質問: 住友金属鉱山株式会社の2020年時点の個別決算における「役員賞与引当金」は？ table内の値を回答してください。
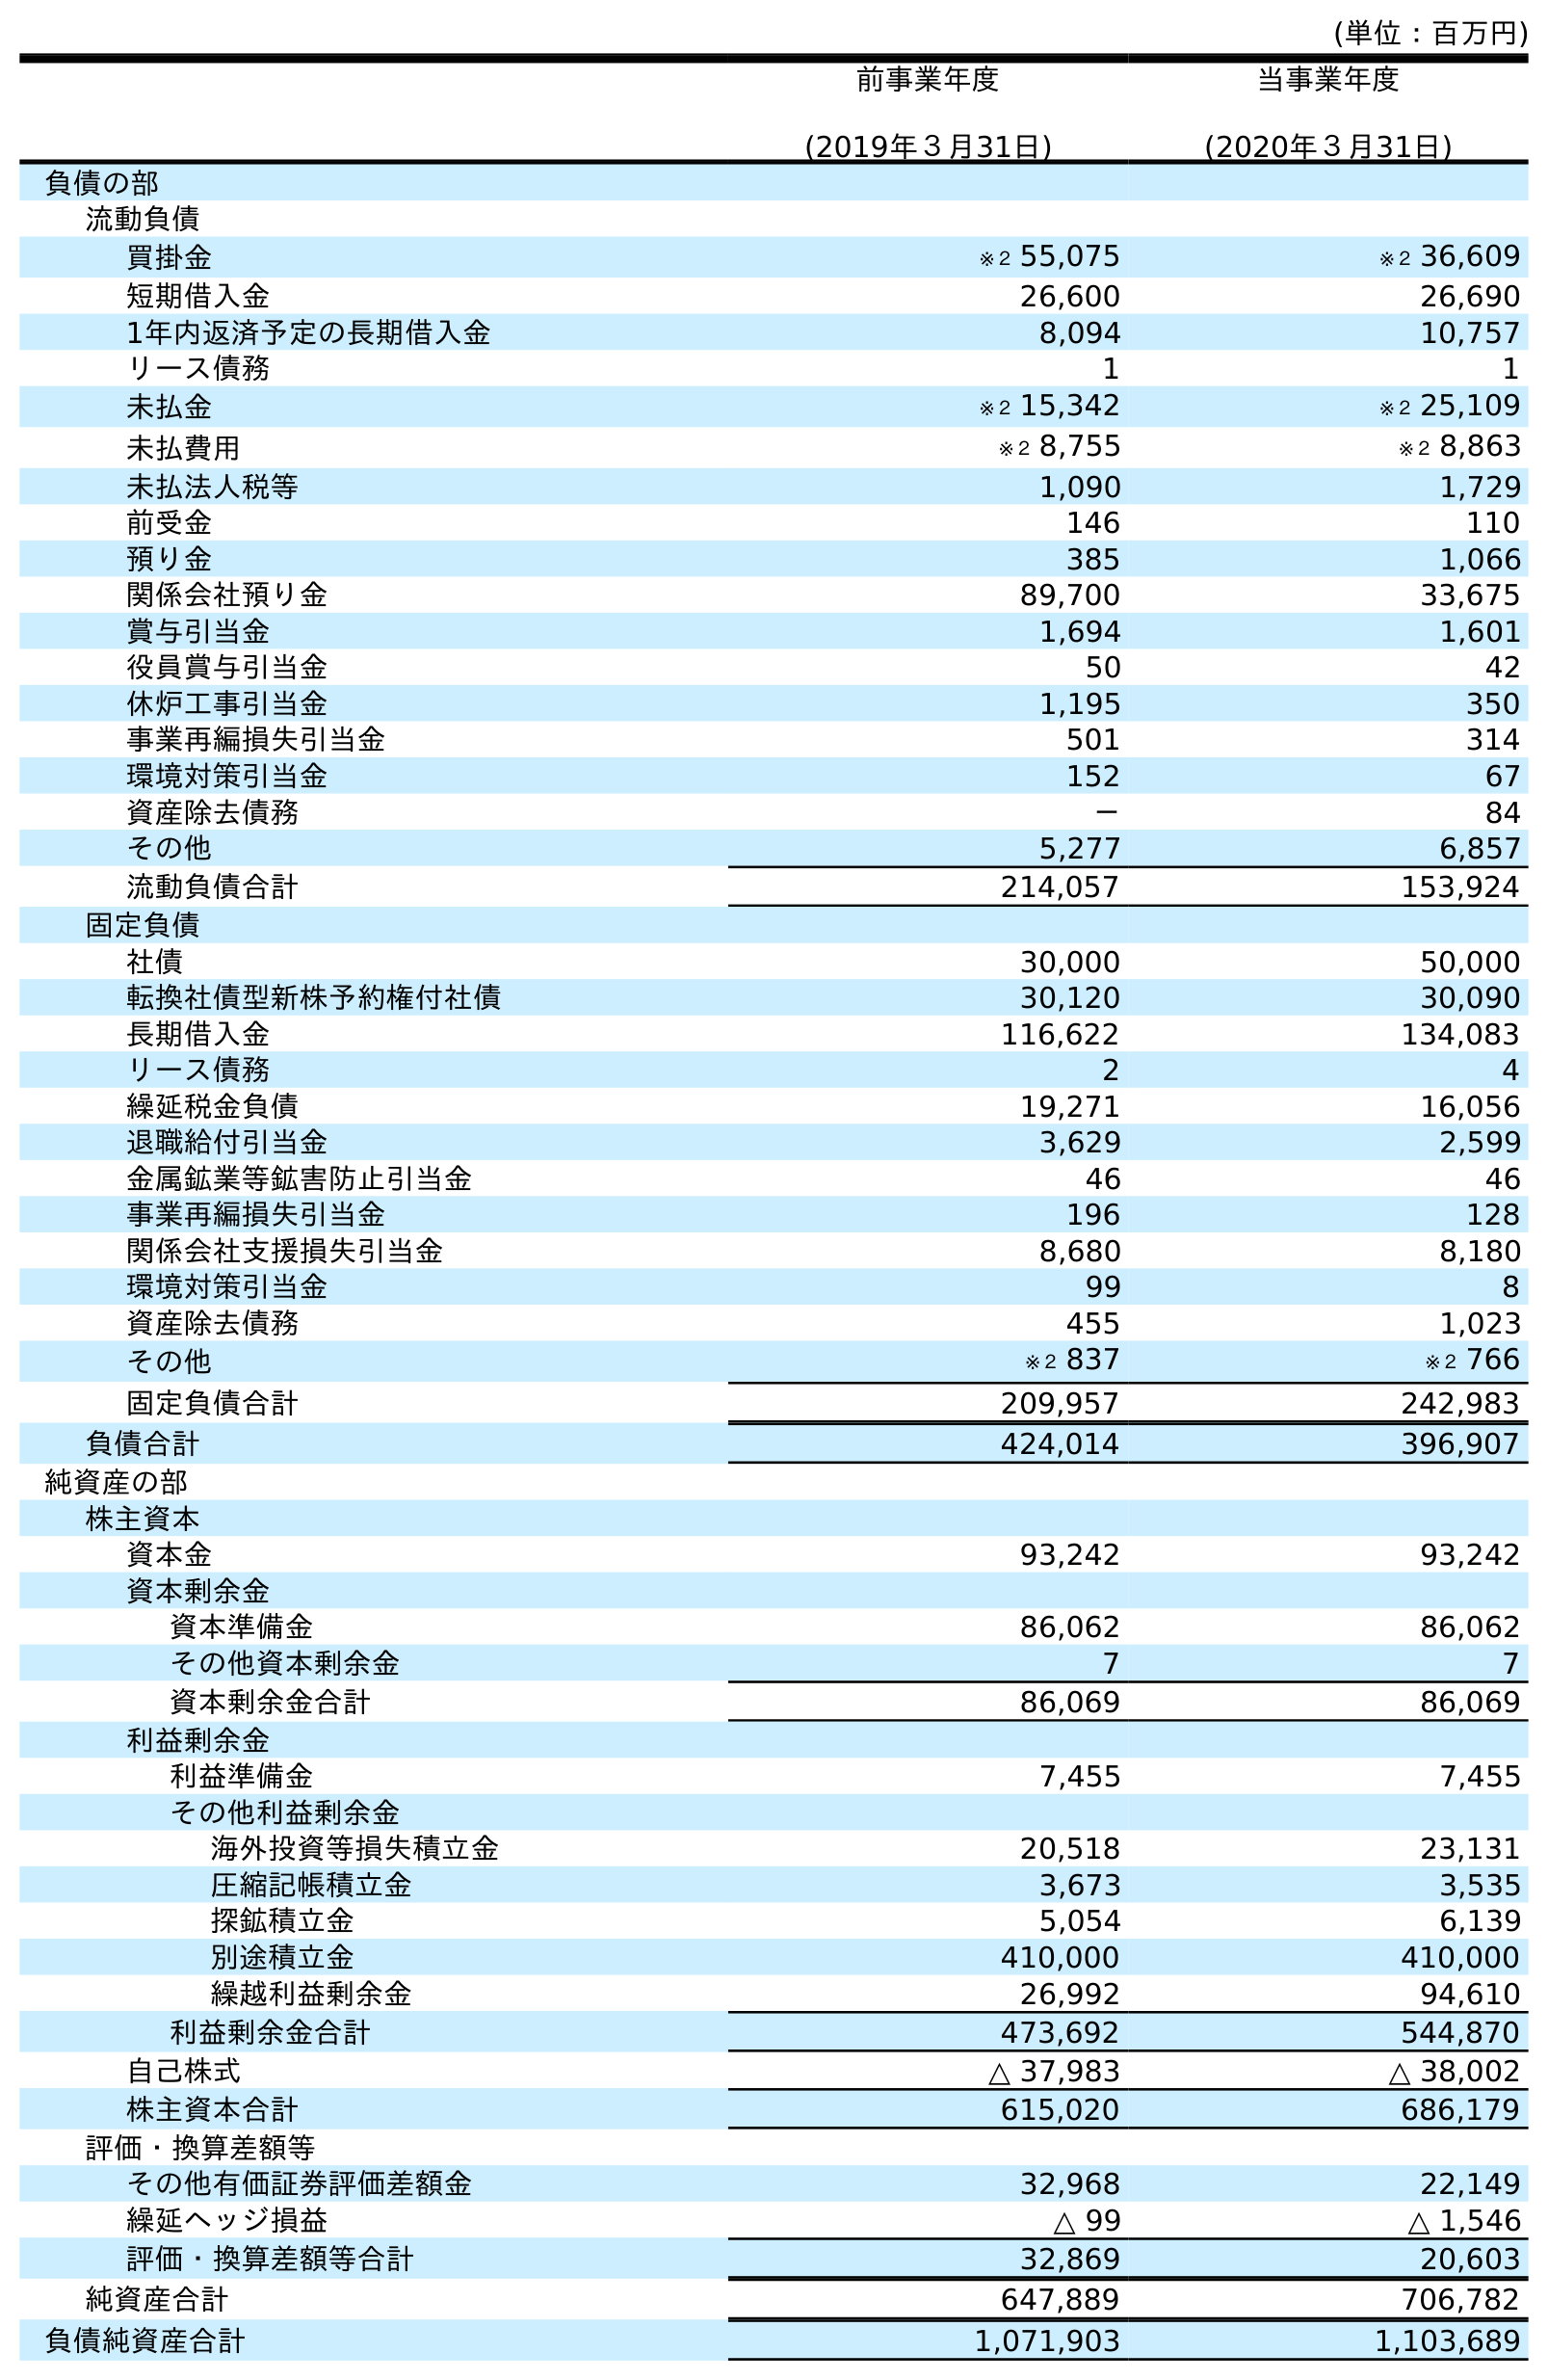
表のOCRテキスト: (単位：百万円) 前事業年度 (2019年３月31日) 当事業年度 (2020年３月31日) 負債の部 流動負債 買掛金 ※２ 55,075 ※２ 36,609 短期借入金 26,600 26,690 1年内返済予定の長期借入金 8,094 10,757 リース債務 1 1 未払金 ※２ 15,342 ※２ 25,109 未払費用 ※２ 8,755 ※２ 8,863 未払法人税等 1,090 1,729 前受金 146 110 預り金 385 1,066 関係会社預り金 89,700 33,675 賞与引当金 1,694 1,601 役員賞与引当金 50 42 休炉工事引当金 1,195 350 事業再編損失引当金 501 314 環境対策引当金 152 67 資産除去債務 － 84 その他 5,277 6,857 流動負債合計 214,057 153,924 固定負債 社債 30,000 50,000 転換社債型新株予約権付社債 30,120 30,090 長期借入金 116,622 134,083 リース債務 2 4 繰延税金負債 19,271 16,056 退職給付引当金 3,629 2,599 金属鉱業等鉱害防止引当金 46 46 事業再編損失引当金 196 128 関係会社支援損失引当金 8,680 8,180 環境対策引当金 99 8 資産除去債務 455 1,023 その他 ※２ 837 ※２ 766 固定負債合計 209,957 242,983 負債合計 424,014 396,907 純資産の部 株主資本 資本金 93,242 93,242 資本剰余金 資本準備金 86,062 86,062 その他資本剰余金 7 7 資本剰余金合計 86,069 86,069 利益剰余金 利益準備金 7,455 7,455 その他利益剰余金 海外投資等損失積立金 20,518 23,131 圧縮記帳積立金 3,673 3,535 探鉱積立金 5,054 6,139 別途積立金 410,000 410,000 繰越利益剰余金 26,992 94,610 利益剰余金合計 473,692 544,870 自己株式 △ 37,983 △ 38,002 株主資本合計 615,020 686,179 評価・換算差額等 その他有価証券評価差額金 32,968 22,149 繰延ヘッジ損益 △ 99 △ 1,546 評価・換算差額等合計 32,869 20,603 純資産合計 647,889 706,782 負債純資産合計 1,071,903 1,103,689
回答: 42